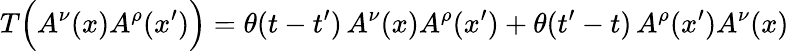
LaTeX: T\Bigl(A^{\nu}(x)A^{\rho}(x^{\prime})\Bigr)=\theta(t-t^{\prime})\, A^{\nu}(x)A^{\rho}(x^{\prime})+\theta(t^{\prime}-t)\, A^{\rho}(x^{\prime})A^{\nu}(x)